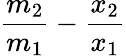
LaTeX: \frac{m_{2}}{m_{1}}-\frac{x_{2}}{x_{1}}